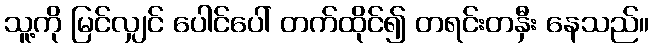
သူ့ကို မြင်လျှင် ပေါင်ပေါ် တက်ထိုင်၍ တရင်းတနှီး နေသည်။